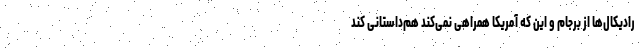
رادیکال‌ها از برجام و این که آمریکا همراهی نمی‌کند هم‌داستانی کند